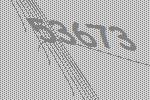
53673